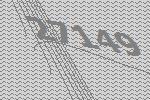
27149